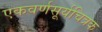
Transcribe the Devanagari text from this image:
एकवर्णसूर्यचित्रक